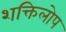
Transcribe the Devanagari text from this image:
शक्तिलोप